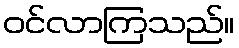
ဝင်လာကြသည်။